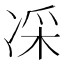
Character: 𠗡